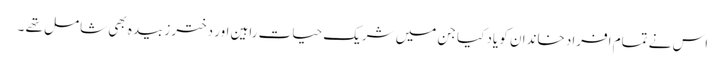
اس نے تمام افراد خاندان کو یاد کیا جن میں شریک حیات راہین اور دختر زبیدہ بھی شامل تھے ۔